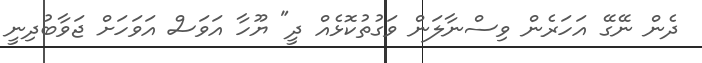
ދެން ނޭގޭ އަހަރެން ވިސްނާލަން ވަގުތުކޮޅެއް ދީ" ޔޫހާ އަވަަސް އަވަހަށް ޖަވާބުދިނީ